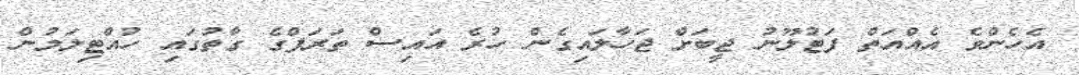
އެހެންވެ އެއްއަތް ފަޓުލޫނު ޖީބަށް ޖަހާލައިގެން ހުރެ އައިސް ތަރަފްގެ ގާތުގައި ހުއްޓިލަމުން